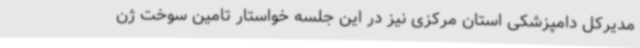
مدیرکل دامپزشکی استان مرکزی نیز در این جلسه خواستار تامین سوخت ژن